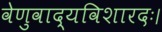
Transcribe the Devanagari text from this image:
वेणुवाद्यविशारदः।